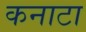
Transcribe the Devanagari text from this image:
कनाटा